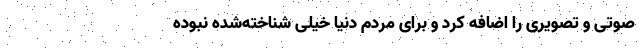
صوتی و تصویری را اضافه کرد و برای مردم دنیا خیلی شناخته‌شده نبوده